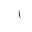
Letter: _alif